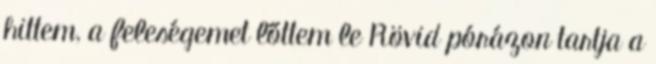
hittem, a feleségemet lőttem le Rövid pórázon tartja a